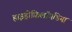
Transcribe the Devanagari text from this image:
हाइड्रोफ़िलॉयडिया